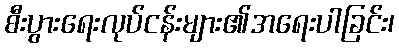
စီးပွားရေးလုပ်ငန်းများ၏အရေးပါခြင်း၊